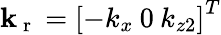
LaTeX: \mathbf{k}_{\mathrm{~r~}}=\left[-k_{x}\: 0\: k_{z2}\right]^{T}